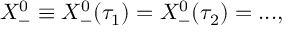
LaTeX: X _ { - } ^ { 0 } \equiv X _ { - } ^ { 0 } ( \tau _ { 1 } ) = X _ { - } ^ { 0 } ( \tau _ { 2 } ) = . . . ,